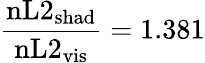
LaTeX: \frac{\mathrm{nL2}_{\mathrm{shad}}}{\mathrm{nL2}_{\mathrm{vis}}}=1.381